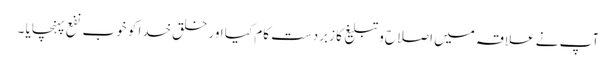
آپ نے علاقہ میں اصلاح و تبلیغ کا زبردست کام کیا اور خلق خدا کو خوب نفع پہنچایا ۔